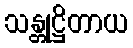
သန္တုဋ္ဌိတာယ